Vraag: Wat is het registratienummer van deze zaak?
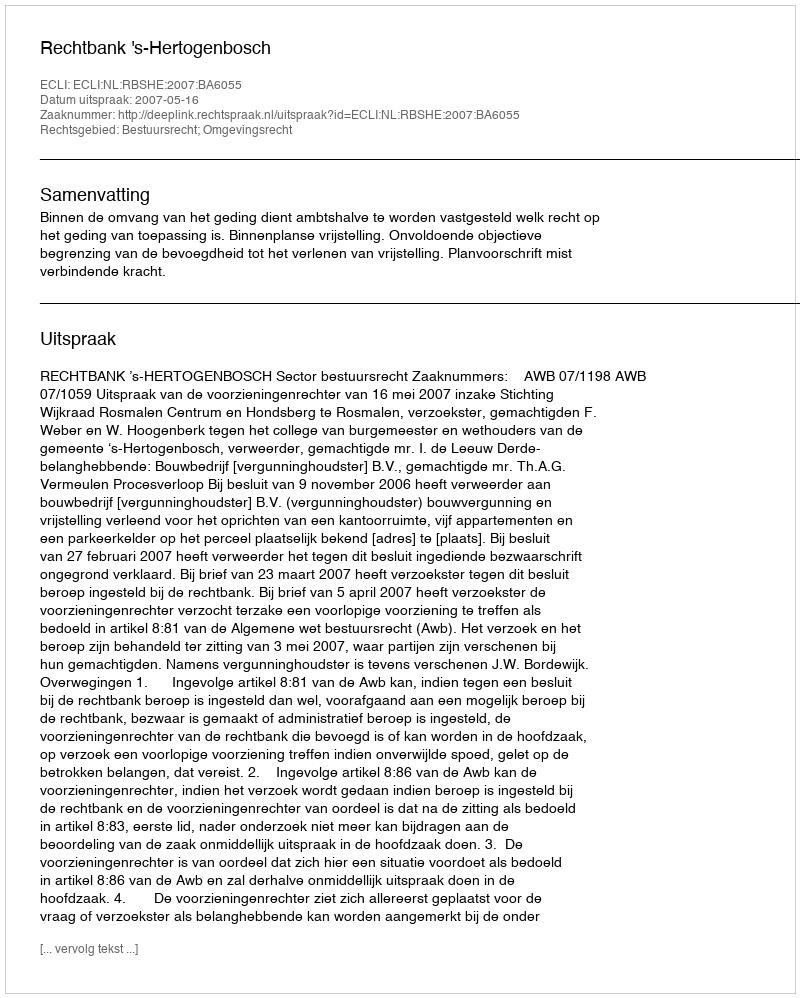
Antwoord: http://deeplink.rechtspraak.nl/uitspraak?id=ECLI:NL:RBSHE:2007:BA6055